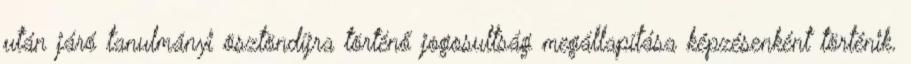
után járó tanulmányi ösztöndíjra történő jogosultság megállapítása képzésenként történik.